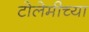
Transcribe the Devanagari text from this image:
टोलेमीच्या